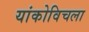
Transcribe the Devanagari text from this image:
यांकोविचला